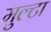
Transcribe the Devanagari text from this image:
मुल्टा